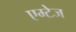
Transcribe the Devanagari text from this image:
एम्टेज